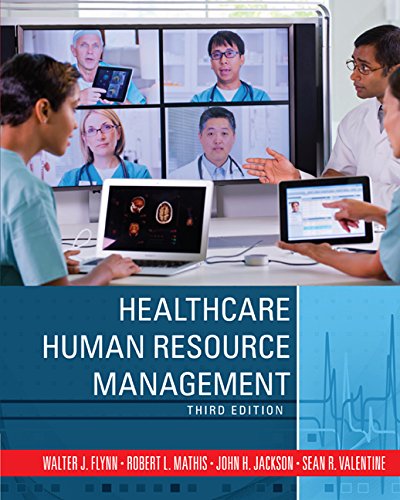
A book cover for Healthcare Human Resource Management; Walter J. Flynn; Medical Books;